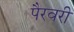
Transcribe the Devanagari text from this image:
पैरवरी